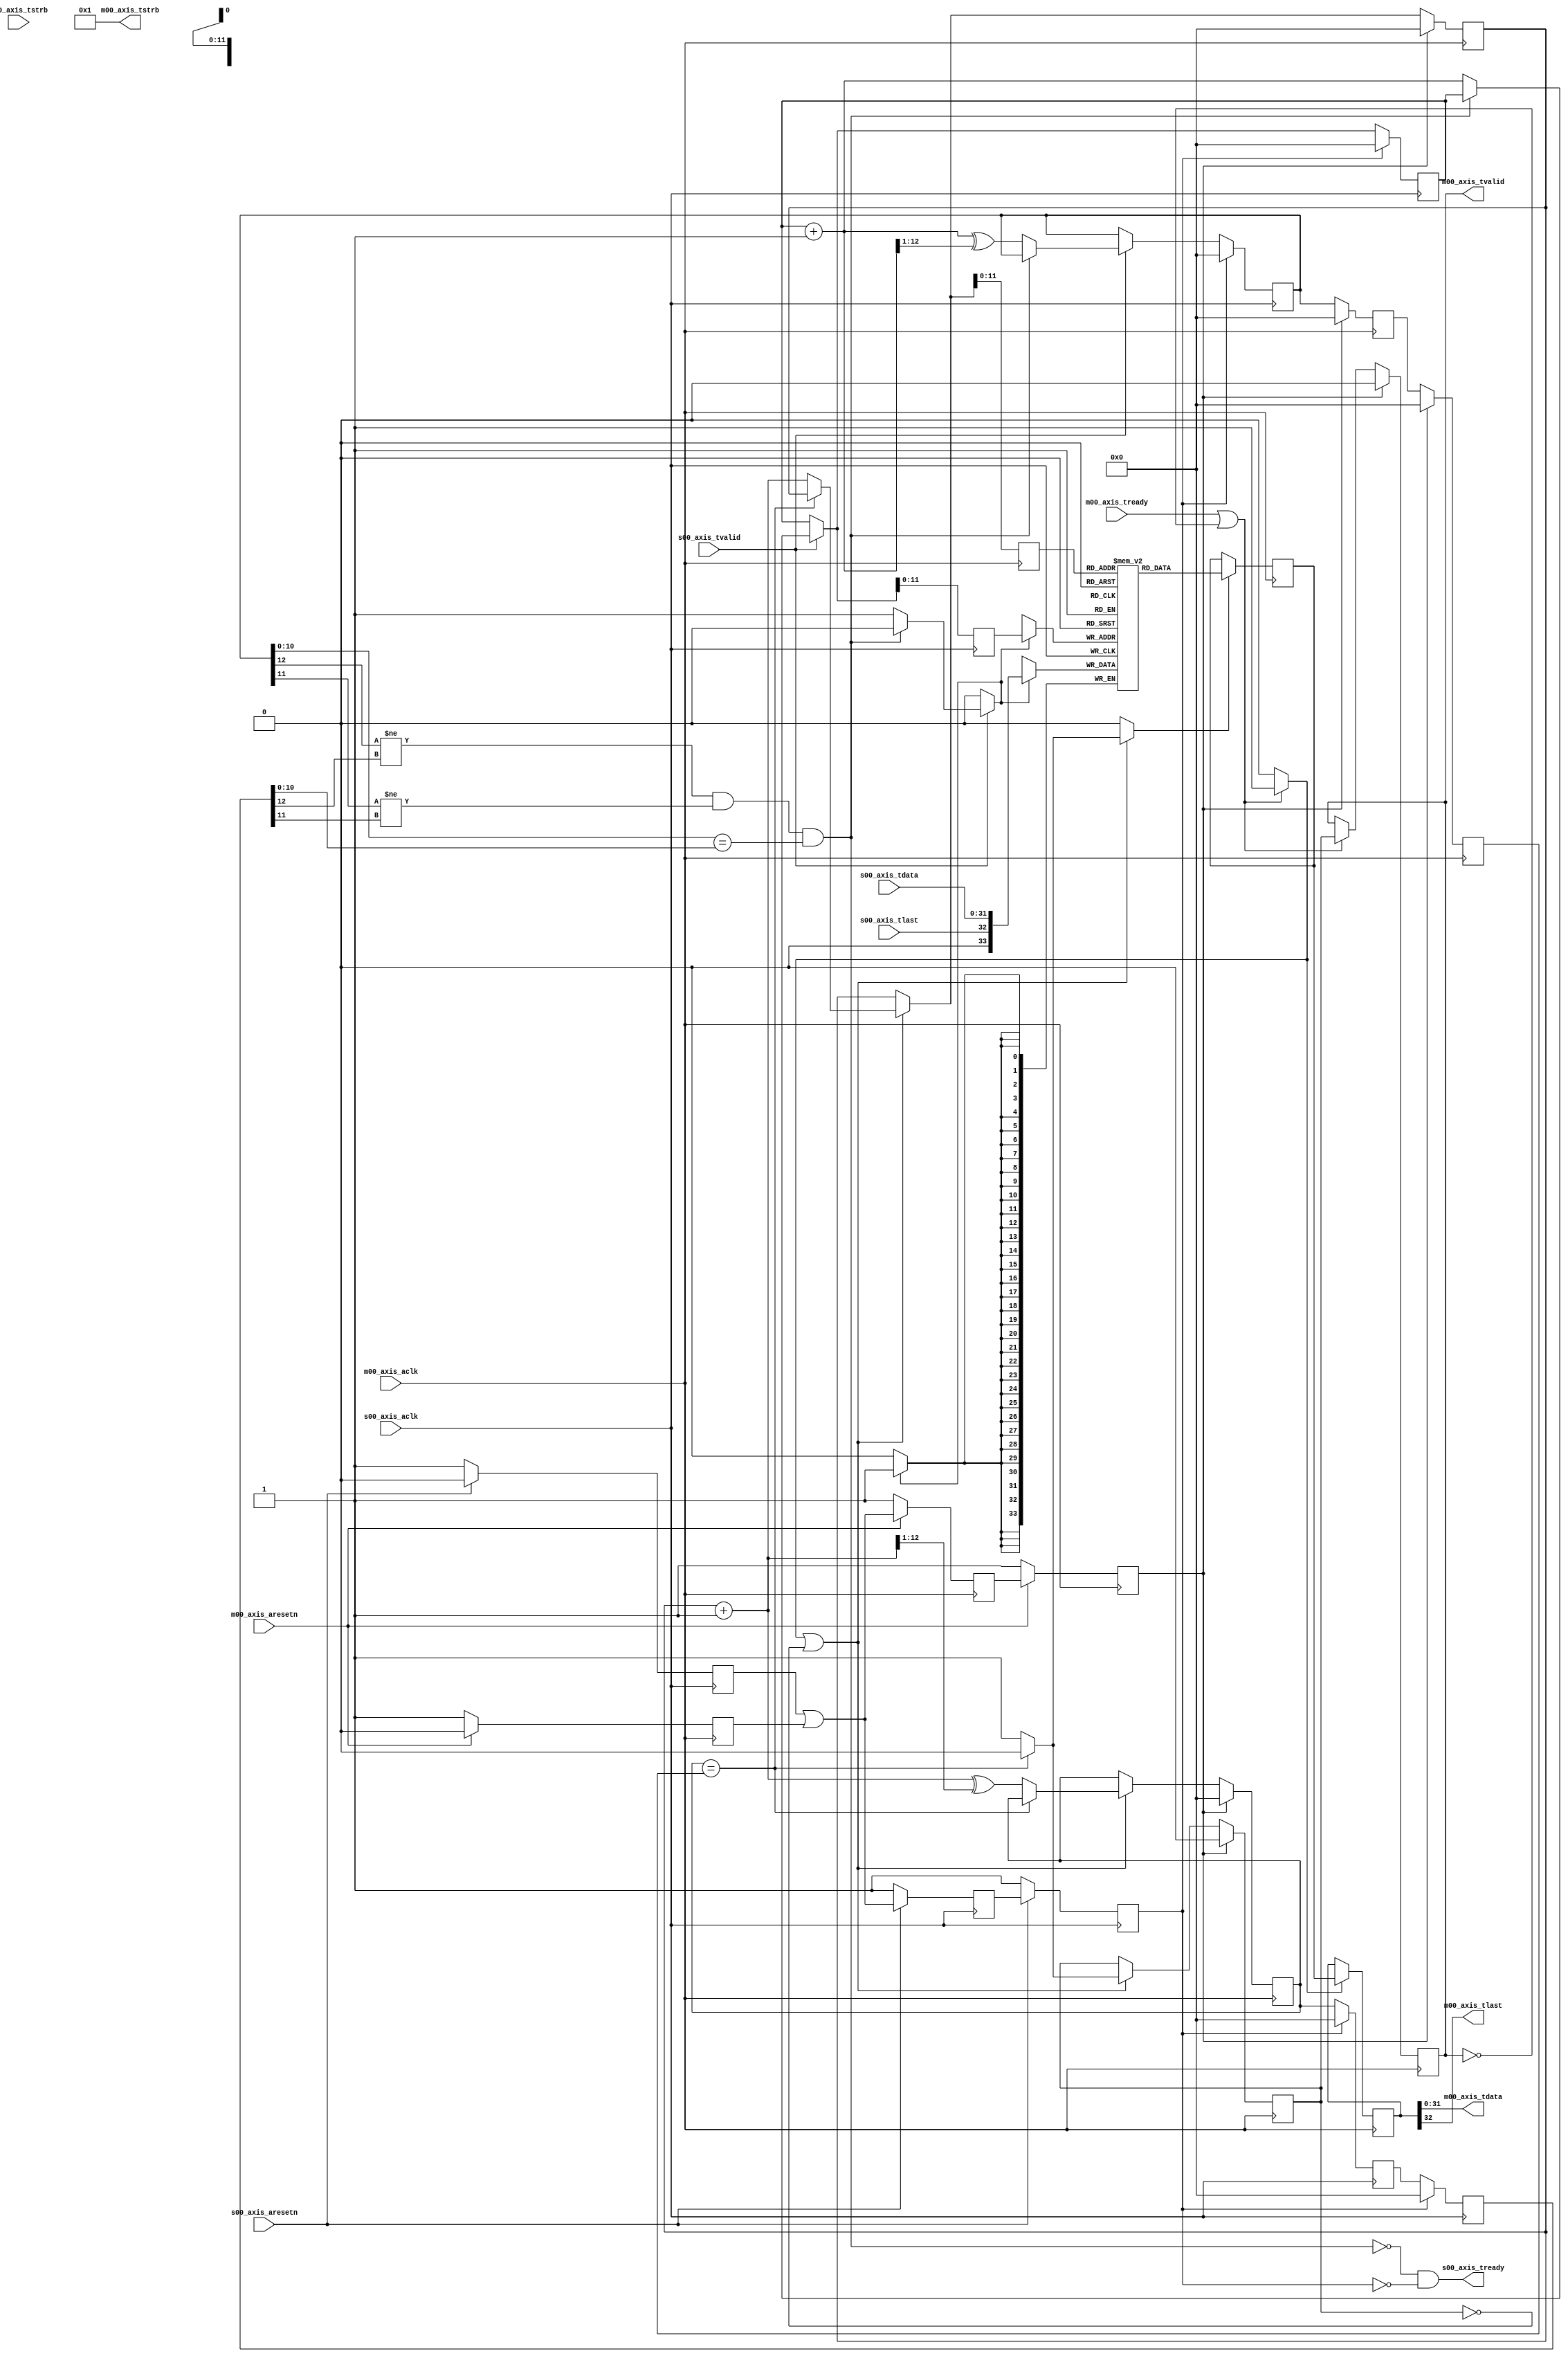
/*

Copyright (c) 2014-2017 Alex Forencich

Modified for SoC Class- University of Florida

*/


`timescale 1ns / 1ps

/*
 * AXI4-Stream asynchronous FIFO
 */
module axis_fifo #
(
    parameter ADDR_WIDTH = 12,
    parameter C_AXIS_TDATA_WIDTH = 32
)
(
    /*
     * AXI slave interface (input to the FIFO)
     */
    input  wire                   s00_axis_aclk,
    input  wire                   s00_axis_aresetn,
    input  wire [C_AXIS_TDATA_WIDTH-1:0]  s00_axis_tdata,
    input  wire [(C_AXIS_TDATA_WIDTH/8)-1 : 0] s00_axis_tstrb,
    input  wire                   s00_axis_tvalid,
    output wire                   s00_axis_tready,
    input  wire                   s00_axis_tlast,
    
    /*
     * AXI master interface (output of the FIFO)
     */
    input  wire                   m00_axis_aclk,
    input  wire                   m00_axis_aresetn,
    output wire [C_AXIS_TDATA_WIDTH-1:0]  m00_axis_tdata,
    output wire [(C_AXIS_TDATA_WIDTH/8)-1 : 0] m00_axis_tstrb,
    output wire                   m00_axis_tvalid,
    input  wire                   m00_axis_tready,
    output wire                   m00_axis_tlast
);

reg [ADDR_WIDTH:0] wr_ptr_reg = {ADDR_WIDTH+1{1'b0}}, wr_ptr_next;
reg [ADDR_WIDTH:0] wr_ptr_gray_reg = {ADDR_WIDTH+1{1'b0}}, wr_ptr_gray_next;
reg [ADDR_WIDTH:0] wr_addr_reg = {ADDR_WIDTH+1{1'b0}};
reg [ADDR_WIDTH:0] rd_ptr_reg = {ADDR_WIDTH+1{1'b0}}, rd_ptr_next;
reg [ADDR_WIDTH:0] rd_ptr_gray_reg = {ADDR_WIDTH+1{1'b0}}, rd_ptr_gray_next;
reg [ADDR_WIDTH:0] rd_addr_reg = {ADDR_WIDTH+1{1'b0}};

reg [ADDR_WIDTH:0] wr_ptr_gray_sync1_reg = {ADDR_WIDTH+1{1'b0}};
reg [ADDR_WIDTH:0] wr_ptr_gray_sync2_reg = {ADDR_WIDTH+1{1'b0}};
reg [ADDR_WIDTH:0] rd_ptr_gray_sync1_reg = {ADDR_WIDTH+1{1'b0}};
reg [ADDR_WIDTH:0] rd_ptr_gray_sync2_reg = {ADDR_WIDTH+1{1'b0}};

reg s00_rst_sync1_reg = 1'b1;
reg s00_rst_sync2_reg = 1'b1;
reg s00_rst_sync3_reg = 1'b1;
reg m00_rst_sync1_reg = 1'b1;
reg m00_rst_sync2_reg = 1'b1;
reg m00_rst_sync3_reg = 1'b1;

reg [C_AXIS_TDATA_WIDTH+2-1:0] mem[(2**ADDR_WIDTH)-1:0];
reg [C_AXIS_TDATA_WIDTH+2-1:0] mem_read_data_reg = {C_AXIS_TDATA_WIDTH+2{1'b0}};
reg mem_read_data_valid_reg = 1'b0, mem_read_data_valid_next;
wire [C_AXIS_TDATA_WIDTH+2-1:0] mem_write_data;

reg [C_AXIS_TDATA_WIDTH+2-1:0] m00_data_reg = {C_AXIS_TDATA_WIDTH+2{1'b0}};

reg m00_axis_tvalid_reg = 1'b0, m00_axis_tvalid_next;

// full when first TWO MSBs do NOT match, but rest matches
// (gray code equivalent of first MSB different but rest same)
wire full = ((wr_ptr_gray_reg[ADDR_WIDTH] != rd_ptr_gray_sync2_reg[ADDR_WIDTH]) &&
             (wr_ptr_gray_reg[ADDR_WIDTH-1] != rd_ptr_gray_sync2_reg[ADDR_WIDTH-1]) &&
             (wr_ptr_gray_reg[ADDR_WIDTH-2:0] == rd_ptr_gray_sync2_reg[ADDR_WIDTH-2:0]));
// empty when pointers match exactly
wire empty = rd_ptr_gray_reg == wr_ptr_gray_sync2_reg;

// control signals
reg write;
reg read;
reg store_output;

assign s00_axis_tready = ~full & ~s00_rst_sync3_reg;

assign m00_axis_tvalid = m00_axis_tvalid_reg;

assign mem_write_data = {s00_axis_tlast, s00_axis_tdata};
assign {m00_axis_tlast, m00_axis_tdata} = m00_data_reg;
assign m00_axis_tstrb = 'b1;

// reset synchronization
always @(posedge s00_axis_aclk) begin
    if (!s00_axis_aresetn) begin
        s00_rst_sync1_reg <= 1'b1;
        s00_rst_sync2_reg <= 1'b1;
        s00_rst_sync3_reg <= 1'b1;
    end else begin
        s00_rst_sync1_reg <= 1'b0;
        s00_rst_sync2_reg <= s00_rst_sync1_reg | m00_rst_sync1_reg;
        s00_rst_sync3_reg <= s00_rst_sync2_reg;
    end
end

always @(posedge m00_axis_aclk) begin
    if (!m00_axis_aresetn) begin
        m00_rst_sync1_reg <= 1'b1;
        m00_rst_sync2_reg <= 1'b1;
        m00_rst_sync3_reg <= 1'b1;
    end else begin
        m00_rst_sync1_reg <= 1'b0;
        m00_rst_sync2_reg <= s00_rst_sync1_reg | m00_rst_sync1_reg;
        m00_rst_sync3_reg <= m00_rst_sync2_reg;
    end
end

// Write logic
always @* begin
    write = 1'b0;

    wr_ptr_next = wr_ptr_reg;
    wr_ptr_gray_next = wr_ptr_gray_reg;

    if (s00_axis_tvalid) begin
        // input data valid
        if (~full) begin
            // not full, perform write
            write = 1'b1;
            wr_ptr_next = wr_ptr_reg + 1;
            wr_ptr_gray_next = wr_ptr_next ^ (wr_ptr_next >> 1);
        end
    end
end

always @(posedge s00_axis_aclk) begin
    if (s00_rst_sync3_reg) begin
        wr_ptr_reg <= {ADDR_WIDTH+1{1'b0}};
        wr_ptr_gray_reg <= {ADDR_WIDTH+1{1'b0}};
    end else begin
        wr_ptr_reg <= wr_ptr_next;
        wr_ptr_gray_reg <= wr_ptr_gray_next;
    end

    wr_addr_reg <= wr_ptr_next;

    if (write) begin
        mem[wr_addr_reg[ADDR_WIDTH-1:0]] <= mem_write_data;
    end
end

// pointer synchronization
always @(posedge s00_axis_aclk) begin
    if (s00_rst_sync3_reg) begin
        rd_ptr_gray_sync1_reg <= {ADDR_WIDTH+1{1'b0}};
        rd_ptr_gray_sync2_reg <= {ADDR_WIDTH+1{1'b0}};
    end else begin
        rd_ptr_gray_sync1_reg <= rd_ptr_gray_reg;
        rd_ptr_gray_sync2_reg <= rd_ptr_gray_sync1_reg;
    end
end

always @(posedge m00_axis_aclk) begin
    if (m00_rst_sync3_reg) begin
        wr_ptr_gray_sync1_reg <= {ADDR_WIDTH+1{1'b0}};
        wr_ptr_gray_sync2_reg <= {ADDR_WIDTH+1{1'b0}};
    end else begin
        wr_ptr_gray_sync1_reg <= wr_ptr_gray_reg;
        wr_ptr_gray_sync2_reg <= wr_ptr_gray_sync1_reg;
    end
end

// Read logic
always @* begin
    read = 1'b0;

    rd_ptr_next = rd_ptr_reg;
    rd_ptr_gray_next = rd_ptr_gray_reg;

    mem_read_data_valid_next = mem_read_data_valid_reg;

    if (store_output | ~mem_read_data_valid_reg) begin
        // output data not valid OR currently being transferred
        if (~empty) begin
            // not empty, perform read
            read = 1'b1;
            mem_read_data_valid_next = 1'b1;
            rd_ptr_next = rd_ptr_reg + 1;
            rd_ptr_gray_next = rd_ptr_next ^ (rd_ptr_next >> 1);
        end else begin
            // empty, invalidate
            mem_read_data_valid_next = 1'b0;
        end
    end
end

always @(posedge m00_axis_aclk) begin
    if (m00_rst_sync3_reg) begin
        rd_ptr_reg <= {ADDR_WIDTH+1{1'b0}};
        rd_ptr_gray_reg <= {ADDR_WIDTH+1{1'b0}};
        mem_read_data_valid_reg <= 1'b0;
    end else begin
        rd_ptr_reg <= rd_ptr_next;
        rd_ptr_gray_reg <= rd_ptr_gray_next;
        mem_read_data_valid_reg <= mem_read_data_valid_next;
    end

    rd_addr_reg <= rd_ptr_next;

    if (read) begin
        mem_read_data_reg <= mem[rd_addr_reg[ADDR_WIDTH-1:0]];
    end
end

// Output register
always @* begin
    store_output = 1'b0;

    m00_axis_tvalid_next = m00_axis_tvalid_reg;

    if (m00_axis_tready | ~m00_axis_tvalid) begin
        store_output = 1'b1;
        m00_axis_tvalid_next = mem_read_data_valid_reg;
    end
end

always @(posedge m00_axis_aclk) begin
    if (m00_rst_sync3_reg) begin
        m00_axis_tvalid_reg <= 1'b0;
    end else begin
        m00_axis_tvalid_reg <= m00_axis_tvalid_next;
    end

    if (store_output) begin
        m00_data_reg <= mem_read_data_reg;
    end
end

endmodule